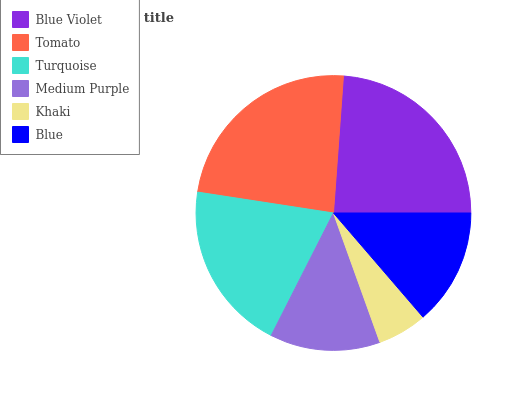
| Blue Violet | Tomato | Turquoise | Medium Purple | Khaki | Blue |
 | --- | --- | --- | --- | --- | --- |
 | 23.9% | 23.7% | 19.9% | 13% | 5.81% | 13.7% |